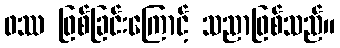
ဖဿ ဖြစ်ခြင်းကြောင့် သညာဖြစ်သည်။